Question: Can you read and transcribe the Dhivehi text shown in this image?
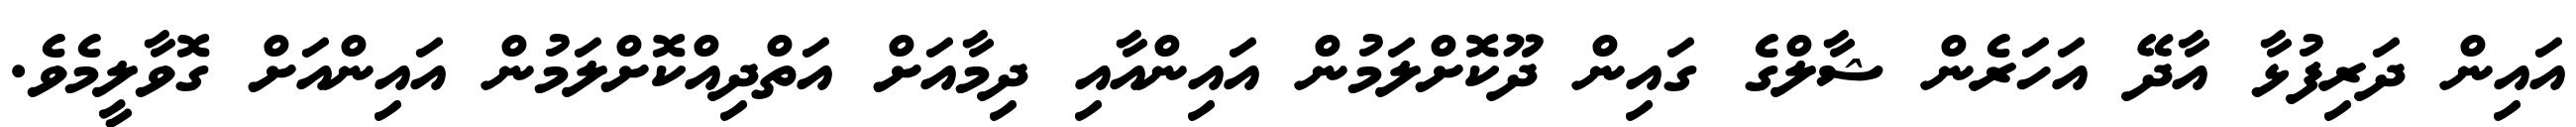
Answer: އައިން ދަރިފުޅާ އާދޭ އަހަރެން ޝާލްގެ ގައިން ދޫކޮށްލަމުން އައިންއާއި ދިމާއަށް އަތްދިއްކޮށްލަމުން އައިންއަށް ގޮވާލީމެވެ.